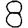
Digit: 8